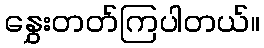
နွှေးတတ်ကြပါတယ်။